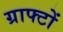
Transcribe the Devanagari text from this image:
ग्राफ्टों